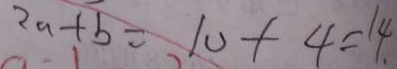
2 a + b = 1 0 + 4 = 1 4 _ { \cdot }